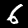
Label: 6